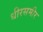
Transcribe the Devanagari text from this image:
धीरसमीर